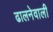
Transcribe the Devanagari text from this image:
ढालनेवाली